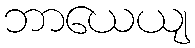
ဘာယေယျ